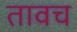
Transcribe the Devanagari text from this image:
तावच